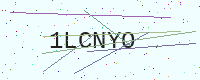
Text: 1LCNYO